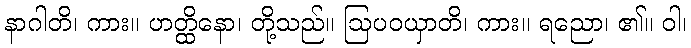
နာဂါတိ၊ ကား။ ဟတ္ထိနော၊ တို့သည်။ ဩပဝယှာတိ၊ ကား။ ရညော၊ ၏။ ဝါ၊